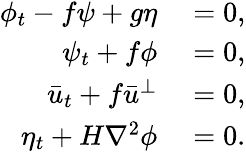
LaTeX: \begin{array}{rl}{\phi_{t}-f\psi+g\eta}&{{}=0,}\\ {\psi_{t}+f\phi}&{{}=0,}\\ {\bar{u}_{t}+f\bar{u}^{\perp}}&{{}=0,}\\ {\eta_{t}+H\nabla^{2}\phi}&{{}=0.}\end{array}